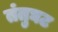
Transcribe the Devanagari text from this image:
तंतुघट